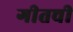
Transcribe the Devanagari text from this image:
गीतची